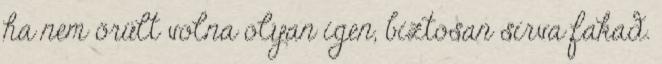
ha nem örült volna olyan igen, biztosan sírva fakad.